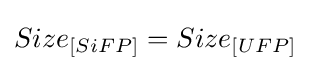
Size_{[SiFP]}=Size_{[UFP]}